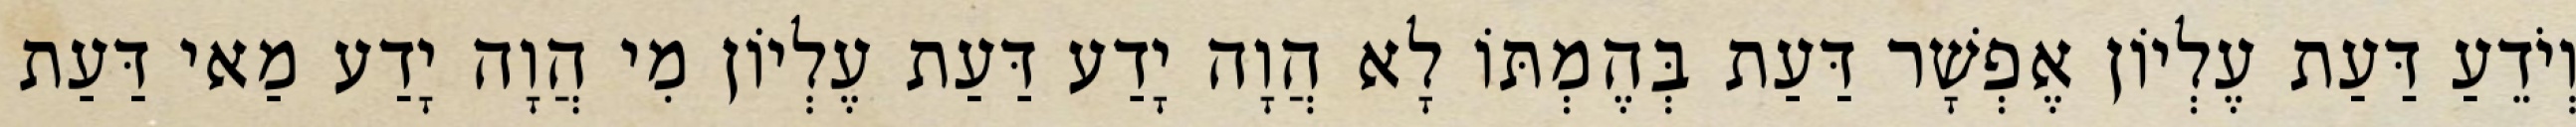
וְיֹדֵעַ דַּעַת עֶלְיוֹן אֶפְשָׁר דַּעַת בְּהֶמְתּוֹ לָא הֲוָה יָדַע דַּעַת עֶלְיוֹן מִי הֲוָה יָדַע מַאי דַּעַת